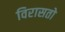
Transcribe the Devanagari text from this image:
विरासतो